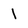
Character: 1